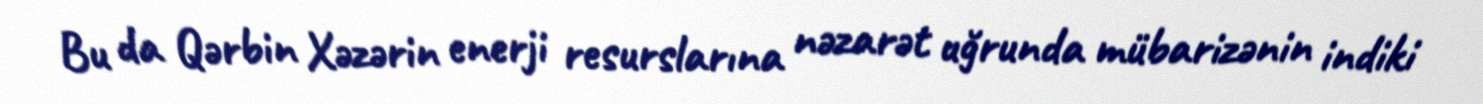
Bu da Qərbin Xəzərin enerji resurslarına nəzarət uğrunda mübarizənin indiki